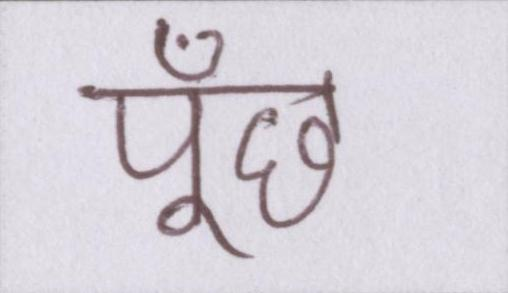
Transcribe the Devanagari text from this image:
पूँछ